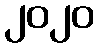
၂၀၂၀